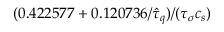
( 0 . 4 2 2 5 7 7 + 0 . 1 2 0 7 3 6 / \hat { \tau } _ { q } ) / ( { \tau } _ { \sigma } c _ { s } )